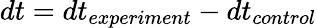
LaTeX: dt=dt_{experiment}-dt_{control}